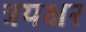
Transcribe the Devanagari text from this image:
त्रयक्षर